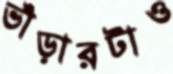
ভাঁড়ারটাও